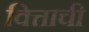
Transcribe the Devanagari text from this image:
वित्ताची